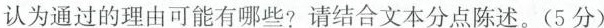
认为通过的理由可能有哪些?请结合文本分点陈述。(5分)